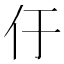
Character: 㐵